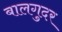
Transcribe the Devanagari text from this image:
बालगुदर